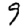
Digit: 9